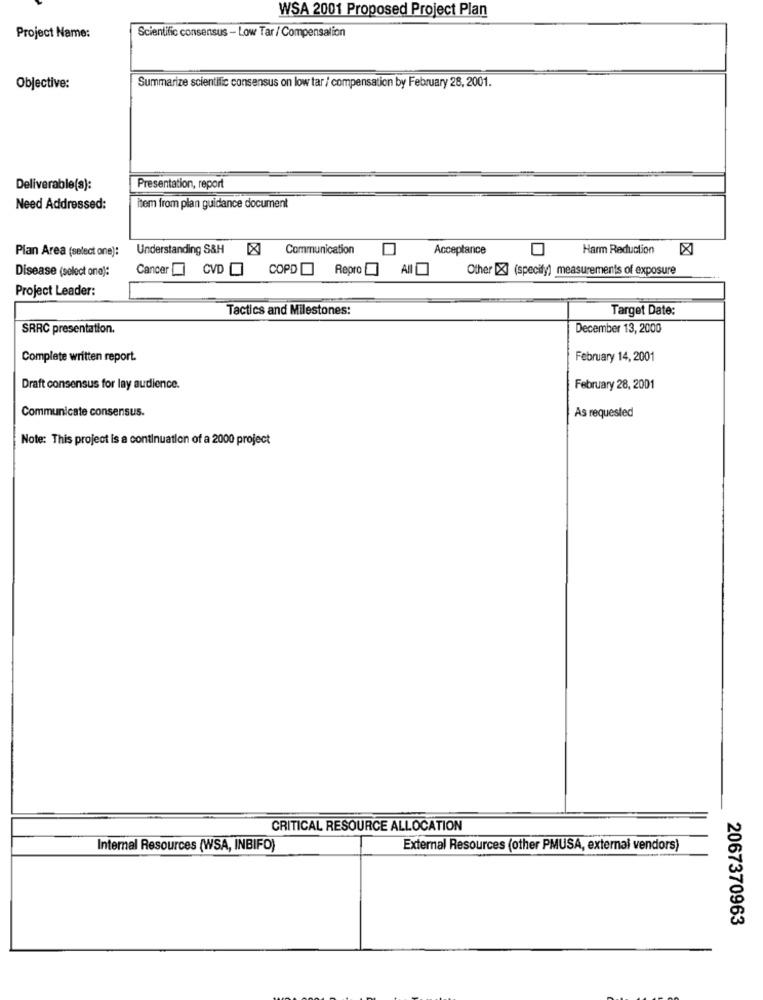
WSA 2001 Proposed Project Plan
Project Name:
Scientific consensus - Low Tar / Compensation
Objective:
Summarize scientific consensus on low tar / compensation by February 28, 2001.
Deliverable(s):
Presentation, report
Need Addressed:
item from plan guidance document
Plan Area (select one):
Understanding S&H X Communication
Acceptance
Harm Reduction
Disease (select one):
Cancer [ CVD [ COPD Repro [] A
Other [X] (specify) measurements of exposure
Project Leader:
Tactics and Milestones:
Target Date:
SRRC presentation.
December 13, 2000
Complete written report.
February 14, 2001
Draft consensus for lay audience.
February 28, 2001
Communicate consensus.
As requested
Note: This project is a continuation of a 2000 project
CRITICAL RESOURCE ALLOCATION
Internal Resources (WSA, INBIFO)
External Resources (other PMUSA, external vendors)
2067370963